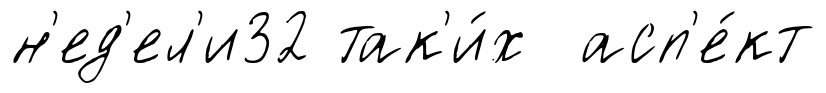
н'ед'ел'и32 так'и́х асп'е́кт